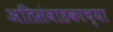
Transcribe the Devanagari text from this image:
अतिसंवाहकाच्या